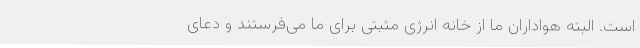
است. البته هواداران ما از خانه انرژی مثبتی برای ما می‌فرستند و دعای